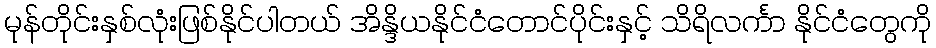
မုန်တိုင်းနှစ်လုံးဖြစ်နိုင်ပါတယ် အိန္ဒိယနိုင်ငံတောင်ပိုင်းနှင့် သိရိလင်္ကာ နိုင်ငံတွေကို